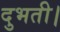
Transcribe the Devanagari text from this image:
दुभती।